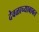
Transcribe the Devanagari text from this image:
देवळाच्याबाबत